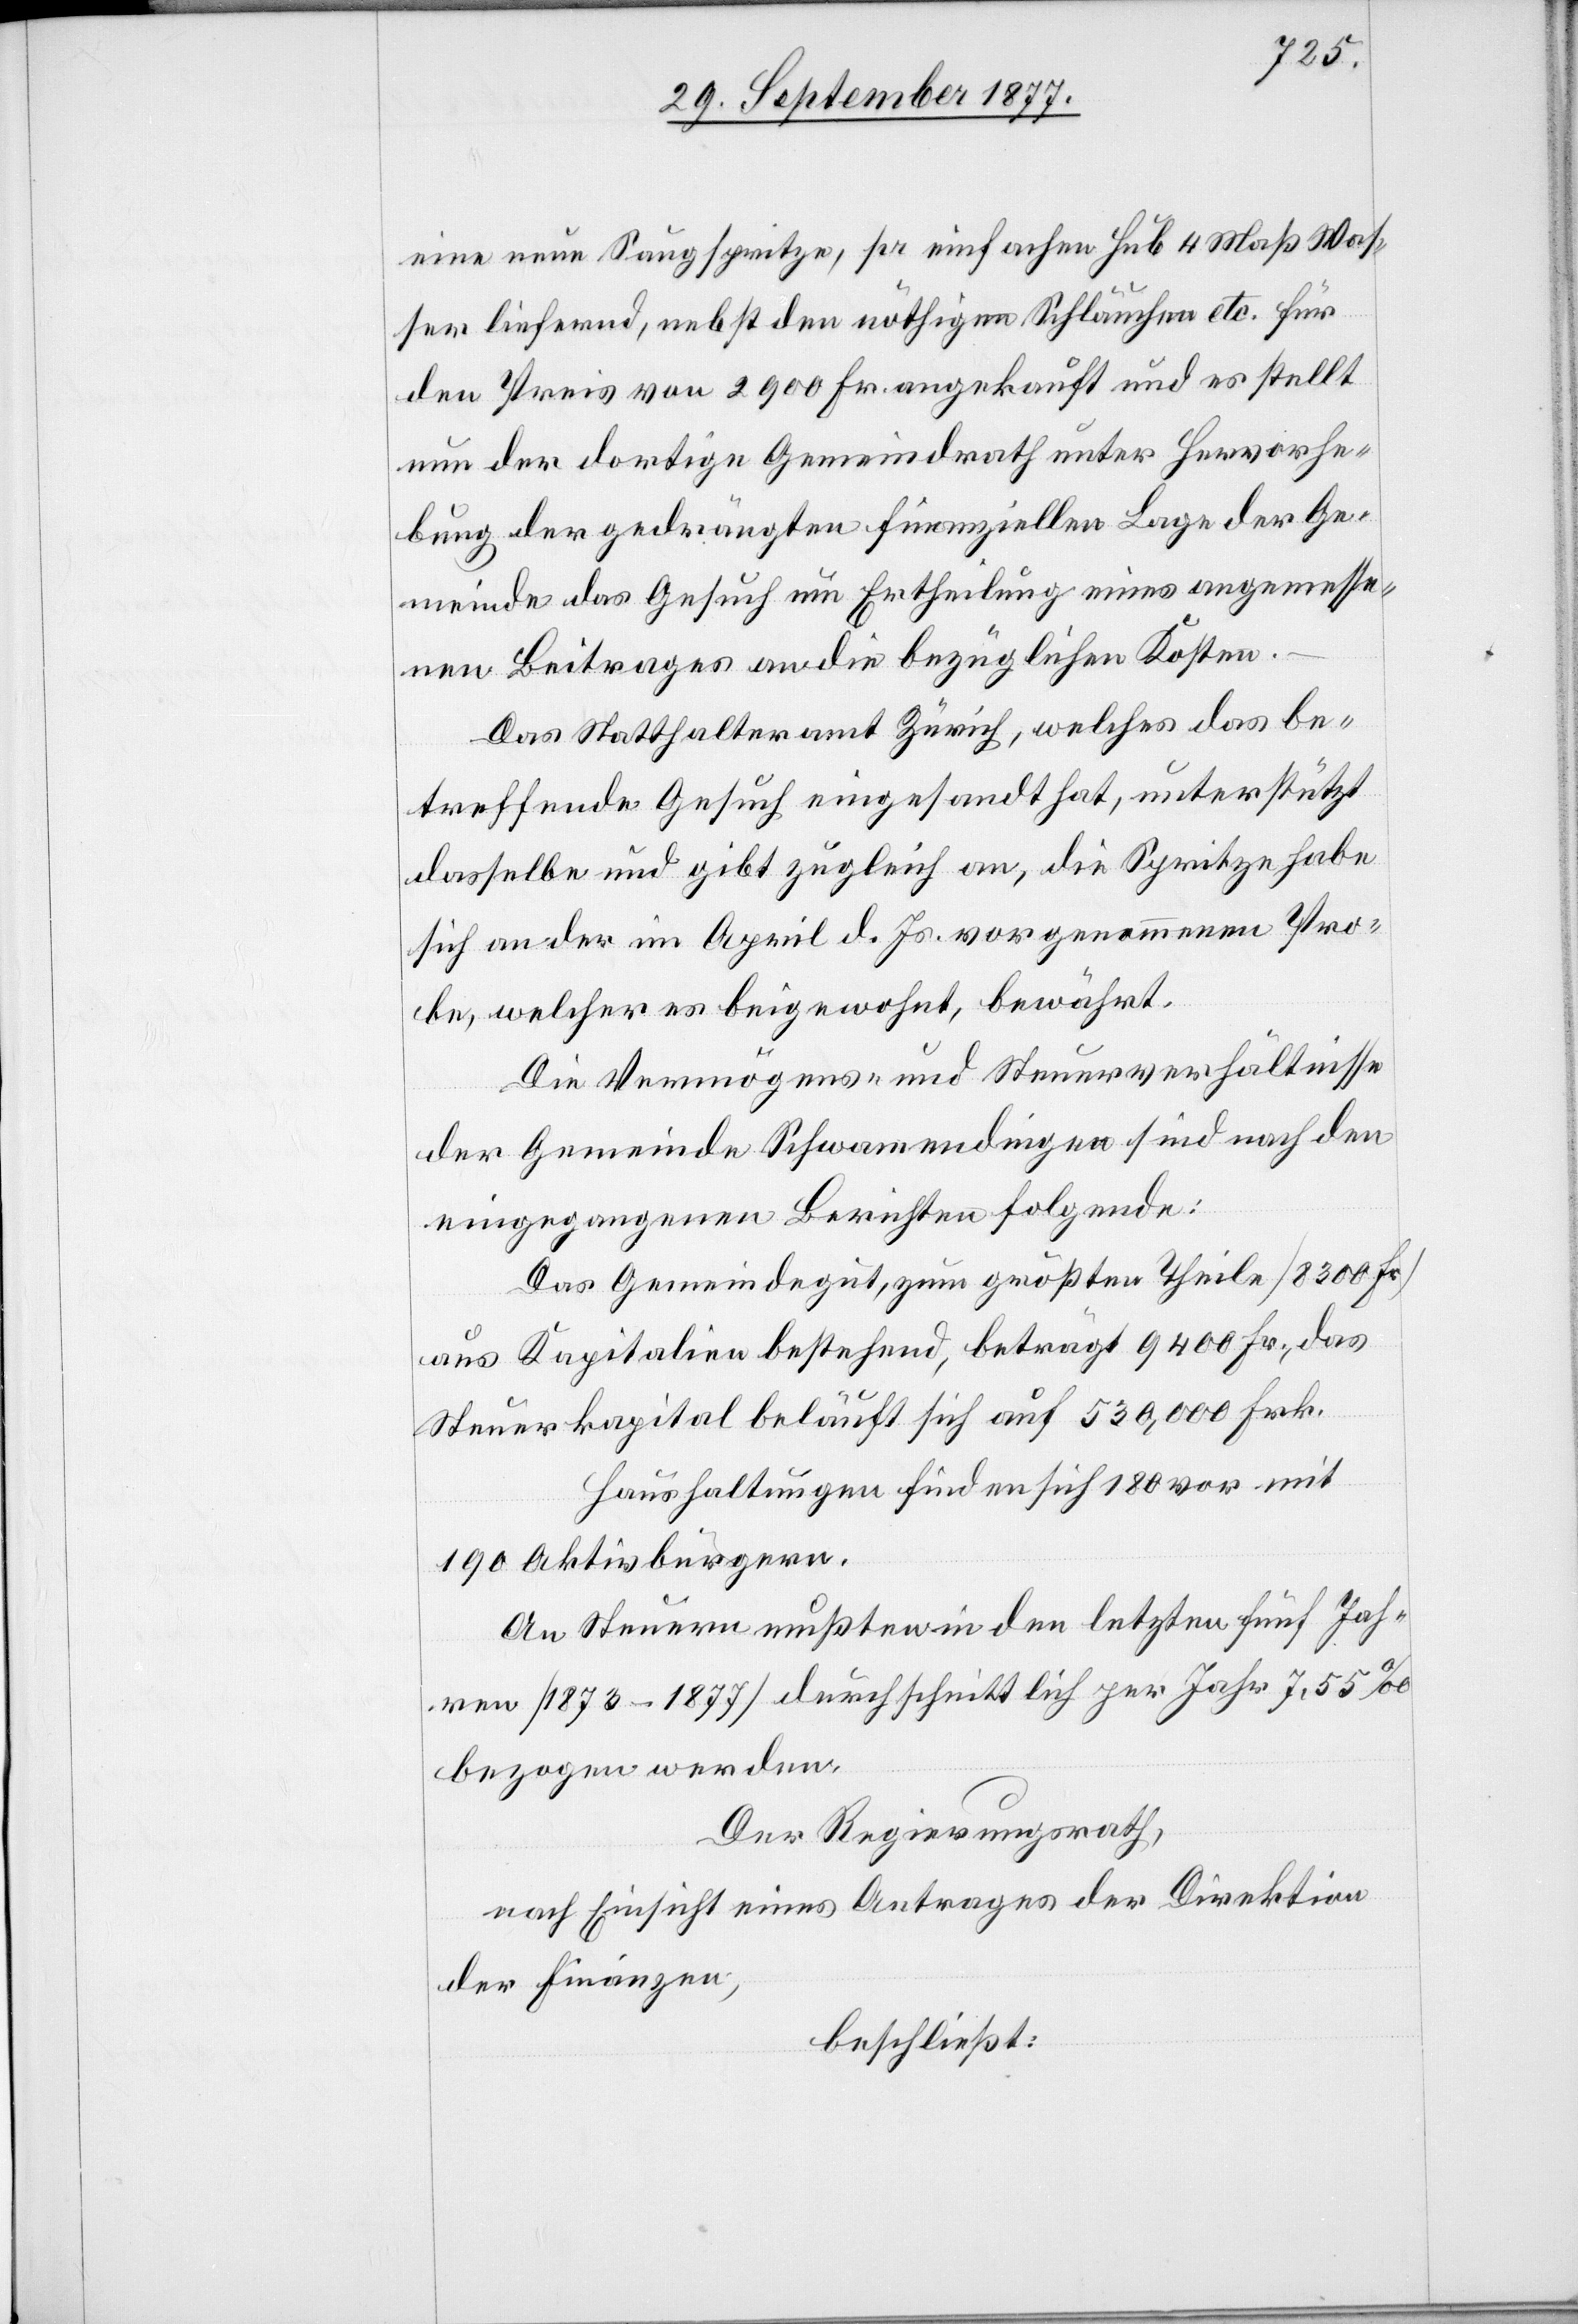
eine neue Saugspritze, pr einfachen Hub 4 Maß Was¬
ser liefernd, nebst den nöthigen Schläuchen etc. für
den Preis von 2900 Fr. angekauft und es stellt
nun der dortige Gemeindrath unter Hervorhe¬
bung der gedrängten finanziellen Lage der Ge¬
meinde das Gesuch um Ertheilung eines angemesse¬
nen Beitrages an die bezüglichen Kosten.
Das Statthalteramt Zürich, welches das be¬
treffende Gesuch eingesandt hat, unterstützt
dasselbe und gibt zugleich an, die Spritze habe
sich an der im April d. Js. vorgenommenen Pro¬
be, welcher es beigewohnt, bewährt.
Die Vermögens- und Steuerverhältnisse
der Gemeinde Schwamendingen sind nach den
eingegangenen Berichten folgende:
Das Gemeindegut, zum größten Theile [8300 Fr.]
aus Kapitalien bestehend, beträgt 9400 Fr., das
Steuerkapital beläuft sich auf 530,000 Frk.
Haushaltungen finden sich 180 vor mit
190 Aktivbürgern.
An Steuern mußten in den letzten fünf Jah¬
ren [1873–1877] durchschnittlich per Jahr 7,55‰
bezogen werden.
Der Regierungsrath,
nach Einsicht eines Antrages der Direktion
der Finanzen,
beschließt: